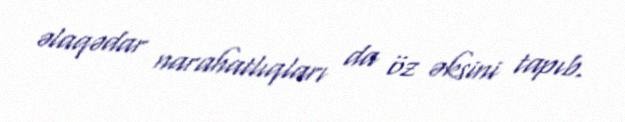
əlaqədar narahatlıqları da öz əksini tapıb.